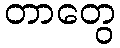
တာတွေ